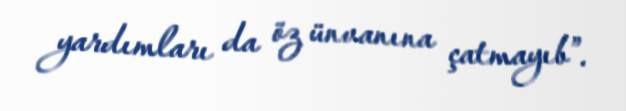
yardımları da öz ünvanına çatmayıb”.